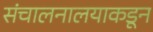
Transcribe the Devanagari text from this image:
संचालनालयाकडून